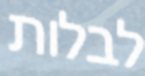
לבלות